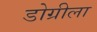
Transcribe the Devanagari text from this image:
डोग्रीला